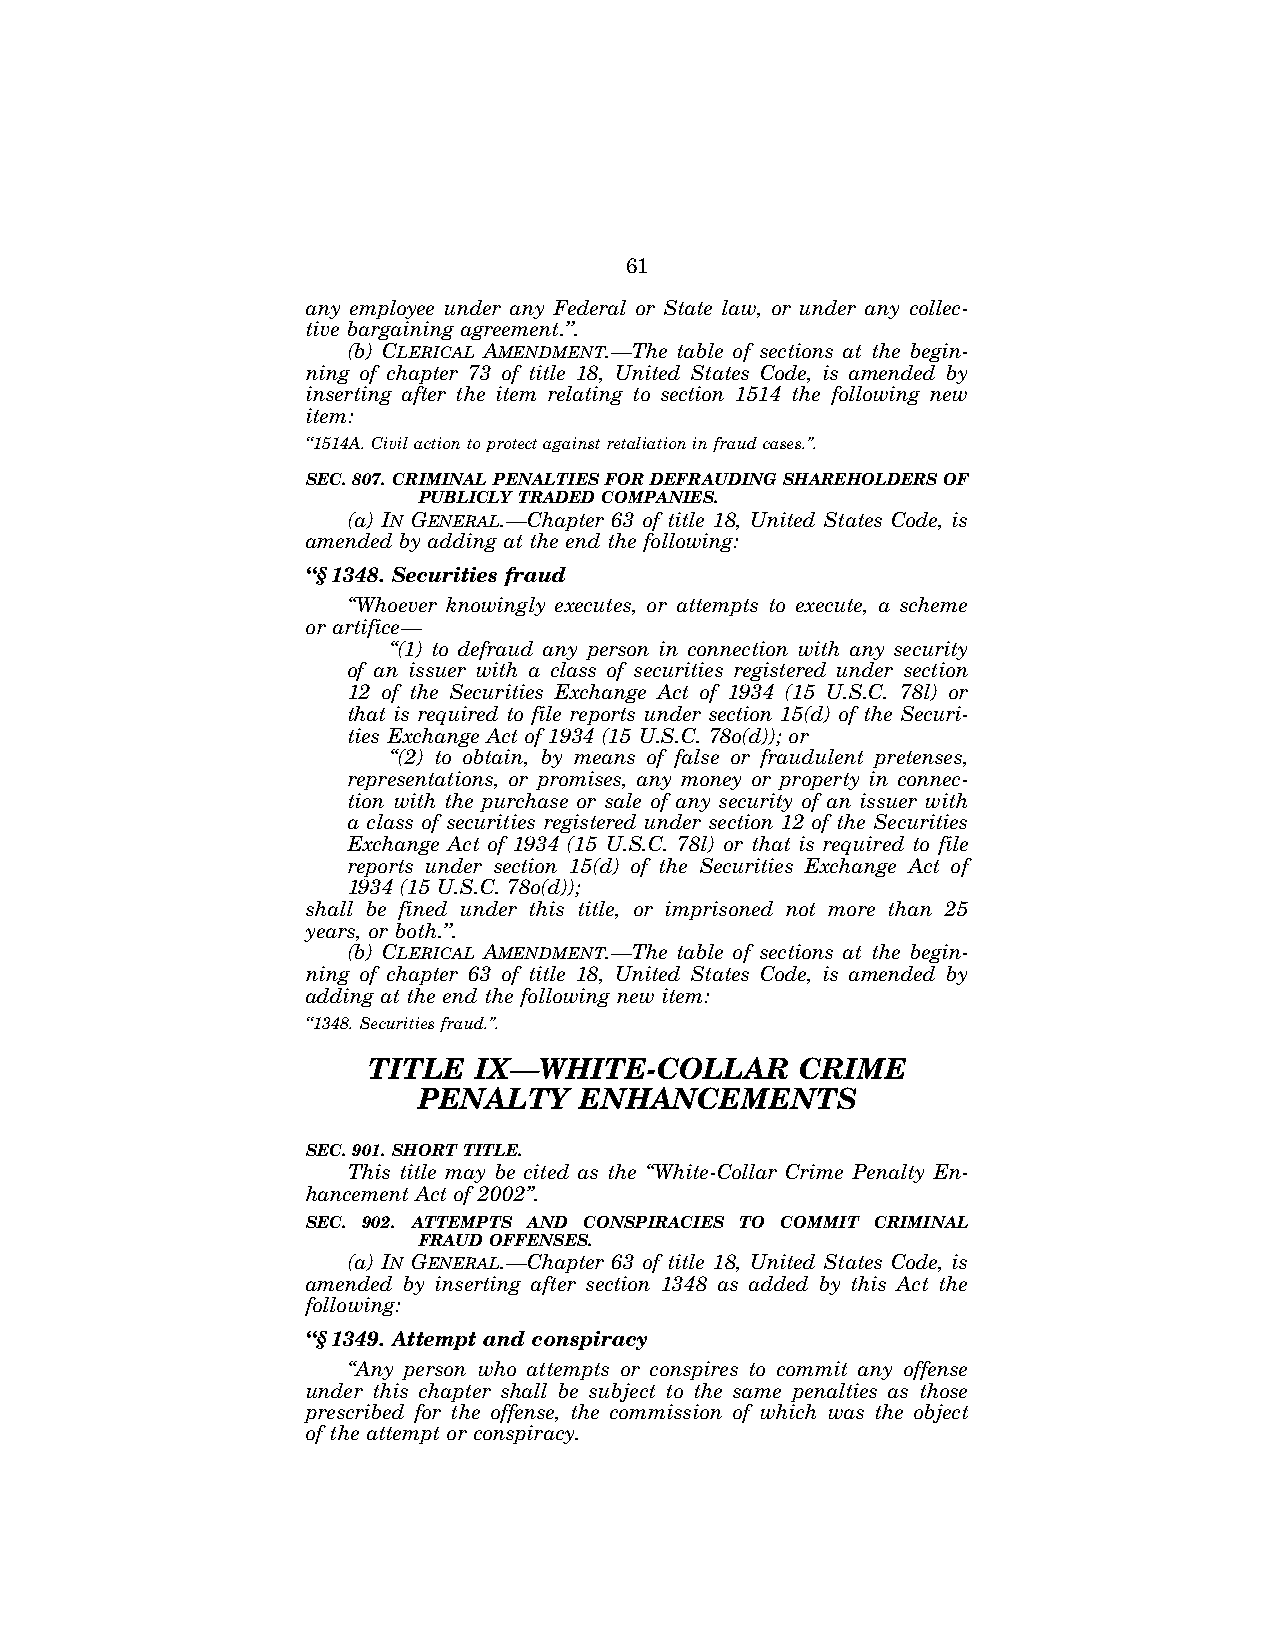
61
 any employee under any Federal or State law, or under any collec-
 tive bargaining agreement.’’.
 (b) CLERICAL AMENDMENT.—The table of sections at the begin-
 ning of chapter 73 of title 18, United States Code, is amended by
 inserting after the item relating to section 1514 the following new
 item:
 ‘‘1514A. Civil action to protect against retaliation in fraud cases.’’.
 SEC. 807. CRIMINAL PENALTIES FOR DEFRAUDING SHAREHOLDERS OF
 PUBLICLY TRADED COMPANIES.
 (a) IN GENERAL.—Chapter 63 of title 18, United States Code, is
 amended by adding at the end the following:
 ‘‘§1348. Securities fraud
 ‘‘Whoever knowingly executes, or attempts to execute, a scheme
 or artifice—
 ‘‘(1) to defraud any person in connection with any security
 of an issuer with a class of securities registered under section
 12 of the Securities Exchange Act of 1934 (15 U.S.C. 78l) or
 that is required to file reports under section 15(d) of the Securi-
 ties Exchange Act of 1934 (15 U.S.C. 78o(d)); or
 ‘‘(2) to obtain, by means of false or fraudulent pretenses,
 representations, or promises, any money or property in connec-
 tion with the purchase or sale of any security of an issuer with
 a class of securities registered under section 12 of the Securities
 Exchange Act of 1934 (15 U.S.C. 78l) or that is required to file
 reports under section 15(d) of the Securities Exchange Act of
 1934 (15 U.S.C. 78o(d));
 shall be fined under this title, or imprisoned not more than 25
 years, or both.’’.
 (b) CLERICAL AMENDMENT.—The table of sections at the begin-
 ning of chapter 63 of title 18, United States Code, is amended by
 adding at the end the following new item:
 ‘‘1348. Securities fraud.’’.
 TITLE  IX—WHITE-COLLAR       CRIME
 PENALTY   ENHANCEMENTS
 SEC. 901. SHORT TITLE.
 This title may be cited as the ‘‘White-Collar Crime Penalty En-
 hancement Act of 2002’’.
 SEC. 902. ATTEMPTS AND CONSPIRACIES TO COMMIT CRIMINAL
 FRAUD OFFENSES.
 (a) IN GENERAL.—Chapter 63 of title 18, United States Code, is
 amended by inserting after section 1348 as added by this Act the
 following:
 ‘‘§1349. Attempt and conspiracy
 ‘‘Any person who attempts or conspires to commit any offense
 under this chapter shall be subject to the same penalties as those
 prescribed for the offense, the commission of which was the object
 of the attempt or conspiracy.
 VerDate Jul 19 2002 16:35 Jul 25, 2002 Jkt 080361 PO 00000 Frm 00061 Fmt 6659 Sfmt 6603 E:\HR\OC\HR610.XXX pfrm15 PsN: HR610